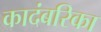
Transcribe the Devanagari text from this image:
कादंबरिका